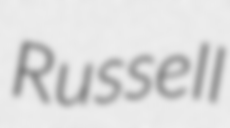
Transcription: Russell